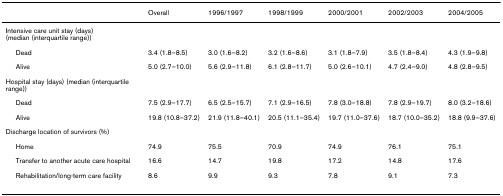
<table><thead><tr><td></td><td><b>Overall</b></td><td><b>1996/1997</b></td><td><b>1998/1999</b></td><td><b>2000/2001</b></td><td><b>2002/2003</b></td><td><b>2004/2005</b></td></tr></thead><tbody><tr><td>Intensive care unit stay (days) (median (interquartile range))</td><td></td><td></td><td></td><td></td><td></td><td></td></tr><tr><td> Dead</td><td>3.4 (1.8–8.5)</td><td>3.0 (1.6–8.2)</td><td>3.2 (1.6–8.6)</td><td>3.1 (1.8–7.9)</td><td>3.5 (1.8–8.4)</td><td>4.3 (1.9–9.8)</td></tr><tr><td> Alive</td><td>5.0 (2.7–10.0)</td><td>5.6 (2.9–11.8)</td><td>6.1 (2.8–11.7)</td><td>5.0 (2.6–10.1)</td><td>4.7 (2.4–9.0)</td><td>4.8 (2.8–9.5)</td></tr><tr><td>Hospital stay (days) (median (interquartile range))</td><td></td><td></td><td></td><td></td><td></td><td></td></tr><tr><td> Dead</td><td>7.5 (2.9–17.7)</td><td>6.5 (2.5–15.7)</td><td>7.1 (2.9–16.5)</td><td>7.8 (3.0–18.8)</td><td>7.8 (2.9–19.7)</td><td>8.0 (3.2–18.6)</td></tr><tr><td> Alive</td><td>19.8 (10.8–37.2)</td><td>21.9 (11.8–40.1)</td><td>20.5 (11.1–35.4)</td><td>19.7 (11.0–37.6)</td><td>18.7 (10.0–35.2)</td><td>18.8 (9.9–37.6)</td></tr><tr><td>Discharge location of survivors (%)</td><td></td><td></td><td></td><td></td><td></td><td></td></tr><tr><td> Home</td><td>74.9</td><td>75.5</td><td>70.9</td><td>74.9</td><td>76.1</td><td>75.1</td></tr><tr><td> Transfer to another acute care hospital</td><td>16.6</td><td>14.7</td><td>19.8</td><td>17.2</td><td>14.8</td><td>17.6</td></tr><tr><td> Rehabilitation/long-term care facility</td><td>8.6</td><td>9.9</td><td>9.3</td><td>7.8</td><td>9.1</td><td>7.3</td></tr></tbody></table>